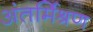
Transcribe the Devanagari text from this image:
अंतर्मिश्रण